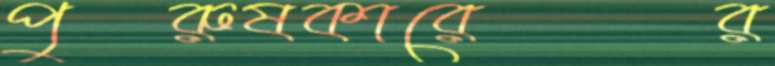
পুরুষকারের